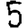
Digit: 5